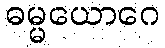
ဓမ္မယောဂေ